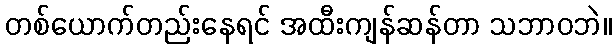
တစ်ယောက်တည်းနေရင် အထီးကျန်ဆန်တာ သဘာဝဘဲ။